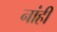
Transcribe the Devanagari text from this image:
नांही